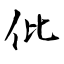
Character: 仳